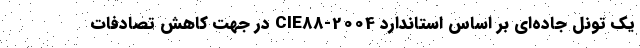
یک تونل جاده‌ای بر اساس استاندارد CIE88-2004 در جهت کاهش تصادفات